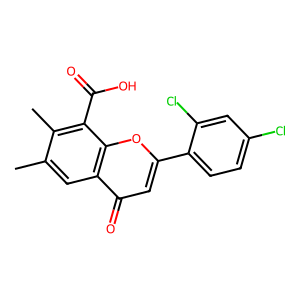
SMILES: Cc1cc2c(=O)cc(-c3ccc(Cl)cc3Cl)oc2c(C(=O)O)c1C
Inhibits HIV replication: No